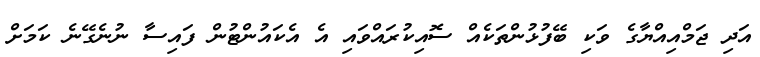
އަދި ޖަމްއިއްޔާގެ ވަކި ބޭފުޅުންތަކެއް ސޮއިކުރައްވައި އެ އެކައުންޓުން ފައިސާ ނުނެގޭނެ ކަމަށް